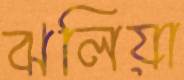
ঝলিয়া